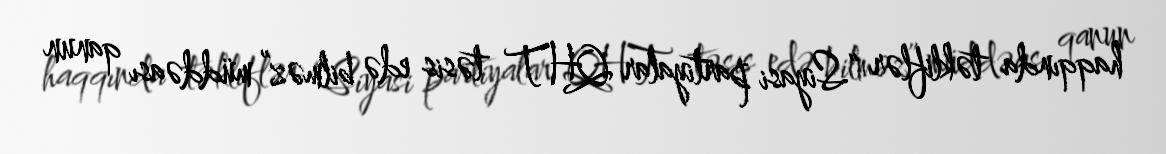
haqqında təkliflər “Siyasi partiyalar QHT təsis edə bilməz” müddəası qanun